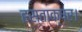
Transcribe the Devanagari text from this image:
हस्ताक्षर।